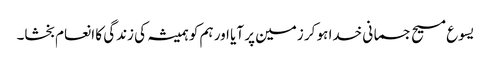
یسوع مسیح جسمانی خدا ہو کر زمین پر آیا اور ہم کو ہمیشہ کی زندگی کا انعام بخشا۔